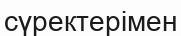
сүректерімен